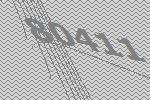
80411